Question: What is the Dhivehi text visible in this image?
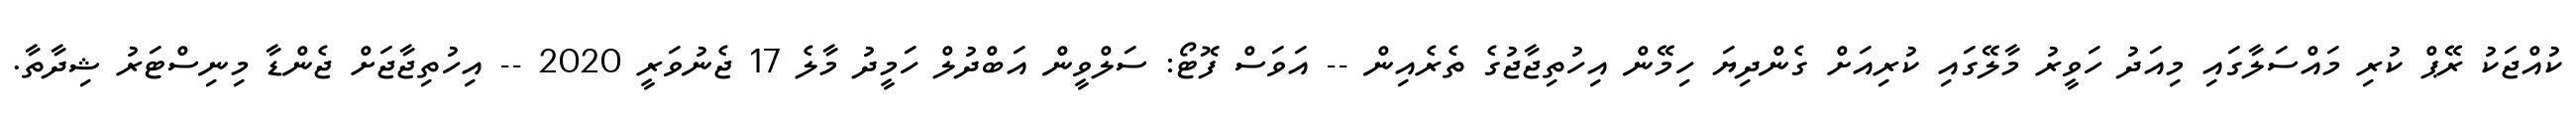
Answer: ކުއްޖަކު ރޭޕް ކުރި މައްސަލާގައި މިއަދު ހަވީރު މާލޭގައި ކުރިއަށް ގެންދިޔަ ހިމޭން އިހުތިޖާޖުގެ ތެރެއިން -- އަވަސް ފޮޓޯ: ސަލްވީން އަބްދުލް ހަމީދު މާލެ 17 ޖެނުވަރީ 2020 -- އިހުތިޖާޖަށް ޖެންޑާ މިނިސްޓަރު ޝިދާތާ.